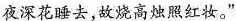
夜深花睡去，故烧高烛照红妆。”